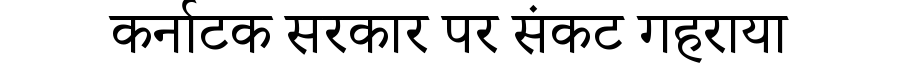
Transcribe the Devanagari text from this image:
कर्नाटक सरकार पर संकट गहराया